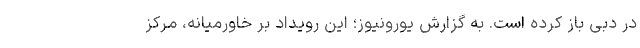
در دبی باز کرده است. به گزارش یورونیوز؛ این رویداد بر خاورمیانه، مرکز